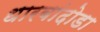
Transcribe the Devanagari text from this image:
धारबांदोडा